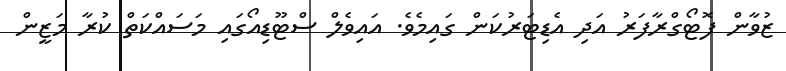
ޒުވާން ފޮޓޯގްރާފަރު އަދި އެޑިޓަރުކަން ގައިމެވެ. އައިވެލް ސްޓޫޑިއޯގައި މަސައްކަތް ކުރާ މަޒީން